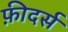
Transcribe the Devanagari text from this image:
फ़ीदर्स